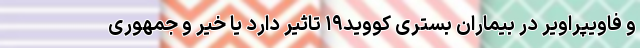
و فاویپراویر در بیماران بستری کووید۱۹ تاثیر دارد یا خیر و جمهوری